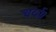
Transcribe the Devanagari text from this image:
चर्या।